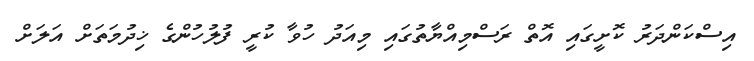
އިސްކަންދަރު ކޮށީގައި އޮތް ރަސްމިއްޔާތުގައި މިއަދު ހުވާ ކުރީ ފުލުހުންގެ ޚިދުމަތަށް އަލަށް